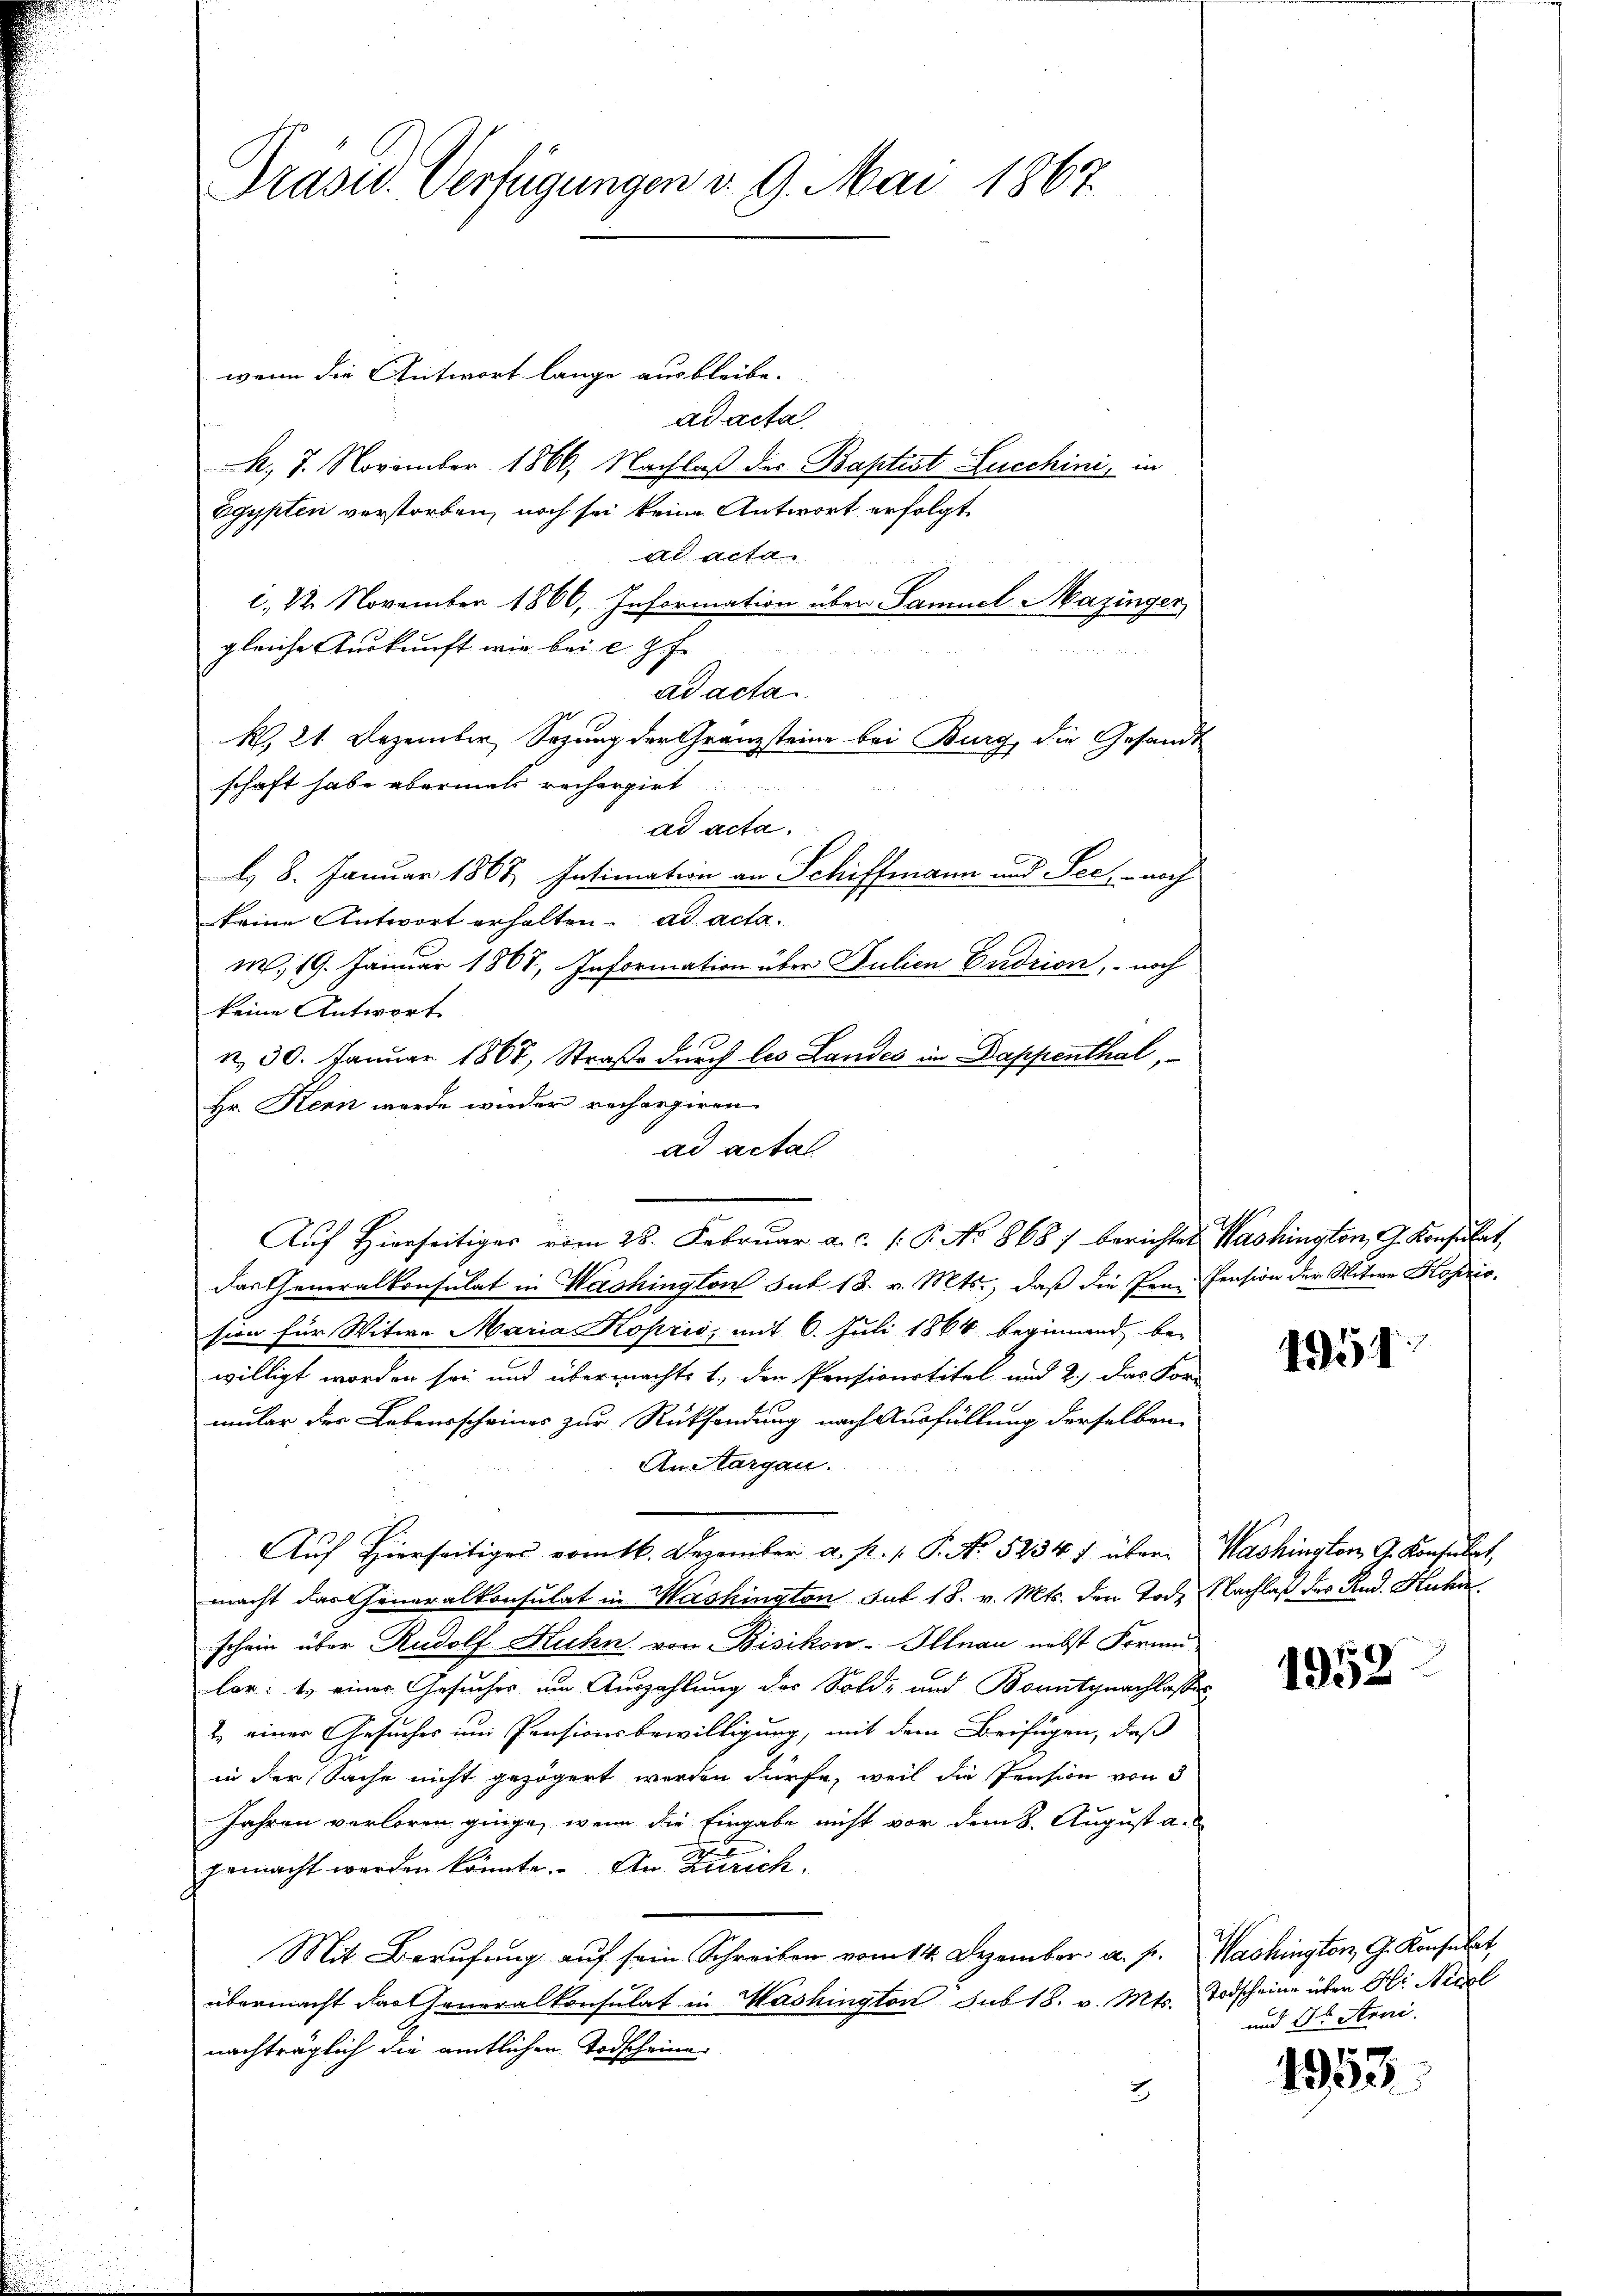
Präsid. Verfügungen d. 9. Mai 1867.

wenn die Antwort lange ausbleibe.
ad acta
A, 7. November 1866, Nachlaß des Baptist Lucchini, in
Egypten verstorben, noch sei keine Antwort erfolgt.
ad acta
1. 22. November 1866, Information über Samuel Mazinger
gleiche Auskunft wie bei c. Z. f.
ad acta
R. 21. Dezember, Sezung der Granzsteine bei Burg, die Gesandt
schaft habe abermals rechargirt
ad acta.
d. 8. Januar 1867, Intimation an Schiffmann und See, noch
keine Antwort erhalten. ad acta.
M. 19. Januar 1868, Information über Julien Erdrion, noch
keine Antwort
4.
n. 30. Januar 1868, Straße durch les Landes im Dappenthal,
Hr. Kern werde wider rechargiren
ad actat
Aŭf Hierseitiges vom 28. Februar a. c. /: P. No 868) berichtet Washington G. Konsulat,
das Generalkonsulat in Washington sub 18. v. Mts., daß die Pen-Pension der Witwe Koperio.
sien für Witwe Maria Koprić, mit 6. Juli 1864 beginnend be-
willigt worden sei und übermachte 1., den Pensionstitel und 2.) Das For-
mular der Lebensscheines zur Rücksendung nach Ausfüllung derselben
An Aargau.
Auf Hierseitiges vom 16. Dezember a. p. 1. P. No. 5234 f übermacht das Generalkonsulat in Washington sub 18. v. Mts. den Tode Nachlaß der Rud. Kura
schein über Rudolf Kuhn von Bisikon-Illnau nebst Forme
lar: 1. eines Gesuches um Auszahlung des Sold- und Bonitgnachlassen
2. einer Gesuches um Pensionsbewilligung, mit dem Beifügen, daß
in der Sache nicht gezögert werden dürfe, weil die Pension von d
Jahren verloren ginge, wenn die Eingabe nicht vor dem k. August a.
gemacht werden könnte. An Zürich.
Mit Berufung auf sein Schreiben vom 14. Dezember. a. p. Washington, G. Konsulat,
übermacht das Generalkonsulat in Mashington sub 18. v. Mts. Todscheine über Hr. Nicl
nachträglich die amtlichen Todscheine
2

1951

Washington G. Konsulat,

1952

und St. Anni.

1953.